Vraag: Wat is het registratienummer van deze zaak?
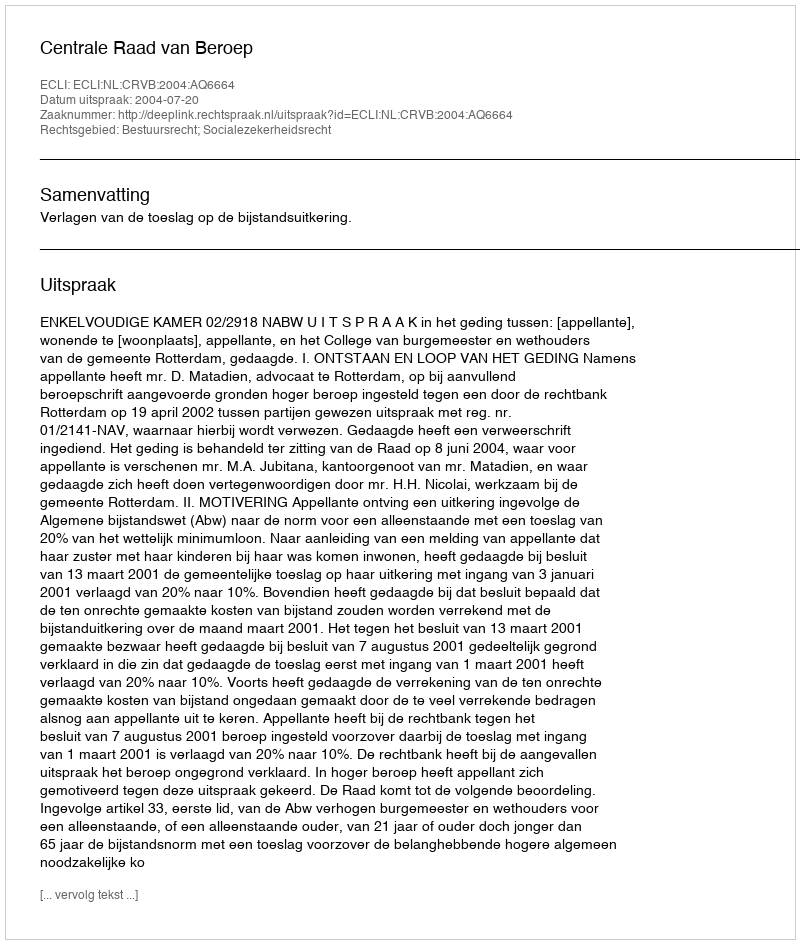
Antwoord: http://deeplink.rechtspraak.nl/uitspraak?id=ECLI:NL:CRVB:2004:AQ6664